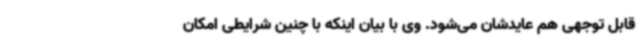
قابل توجهی هم عایدشان می‌شود. وی با بیان اینکه با چنین شرایطی امکان